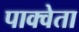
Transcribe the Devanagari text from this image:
पाक्वेता